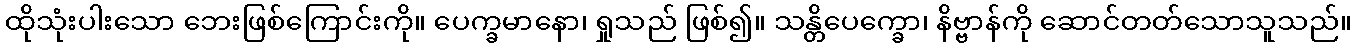
ထိုသုံးပါးသော ဘေးဖြစ်ကြောင်းကို။ ပေက္ခမာနော၊ ရှုသည် ဖြစ်၍။ သန္တိပေက္ခော၊ နိဗ္ဗာန်ကို ဆောင်တတ်သောသူသည်။